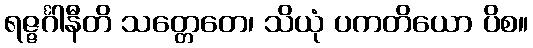
ရဇ္ဇင်္ဂါနီတိ သတ္တေတေ၊ သိယုံ ပကတိယော ပိစ။